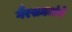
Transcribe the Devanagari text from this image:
गैरसमजांचे